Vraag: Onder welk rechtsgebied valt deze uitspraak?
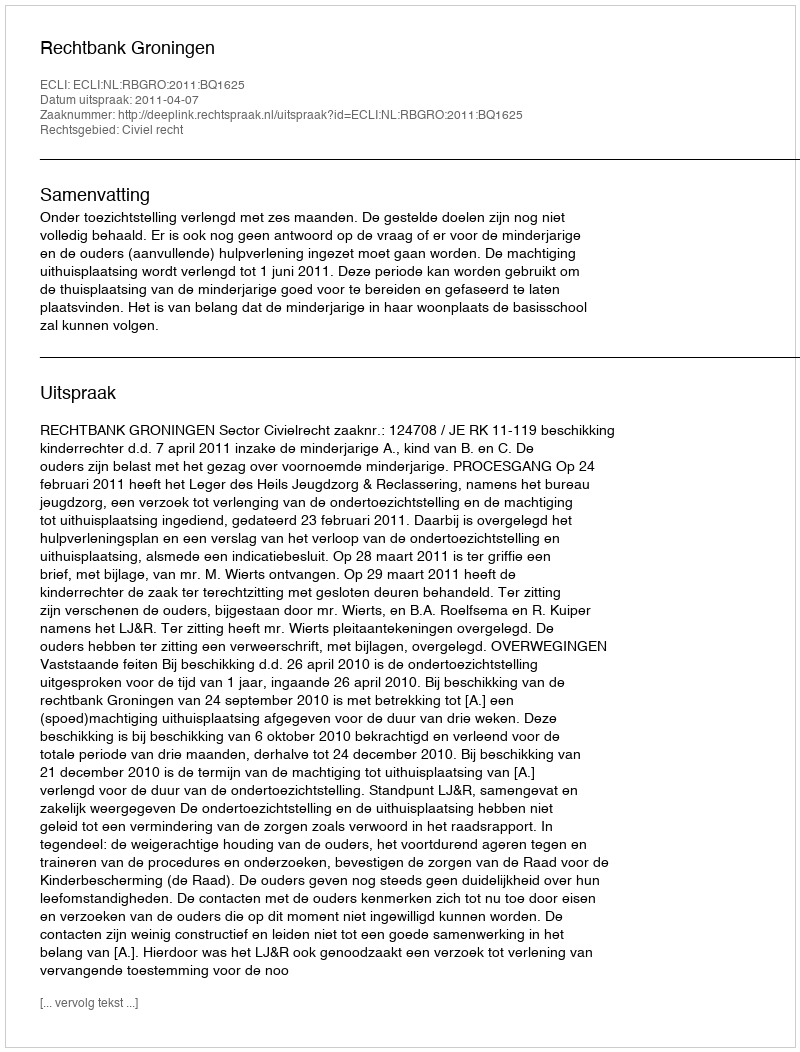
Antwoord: Civiel recht